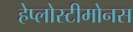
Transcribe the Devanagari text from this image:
हेप्लोस्टीमोनस